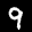
Label: 9